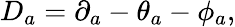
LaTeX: D_{a}=\partial_{a}-\theta_{a}-\phi_{a},